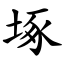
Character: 㙇